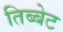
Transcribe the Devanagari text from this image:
तिब्बेट